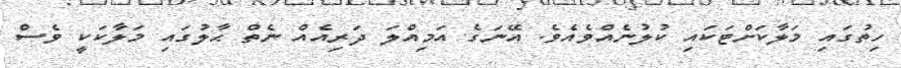
ހިތުގައި މަލާކަށްޓަކައި ކުލުނެއްވެއެވެ. އޭނަގެ އަމިއްލަ ދަރިއެއް ނެތް ޙާލުގައި މަލާކަކީ ވެސް